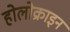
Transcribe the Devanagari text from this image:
होलोक्राइन